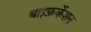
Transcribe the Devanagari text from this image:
बाइफ़र्केशन